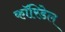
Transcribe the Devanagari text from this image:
कॉरिडेल